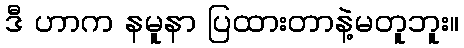
ဒီ ဟာက နမူနာ ပြထားတာနဲ့မတူဘူး။